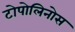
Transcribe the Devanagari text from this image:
टोपोलिनोस